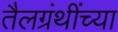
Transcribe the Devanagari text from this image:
तैलग्रंथींच्या